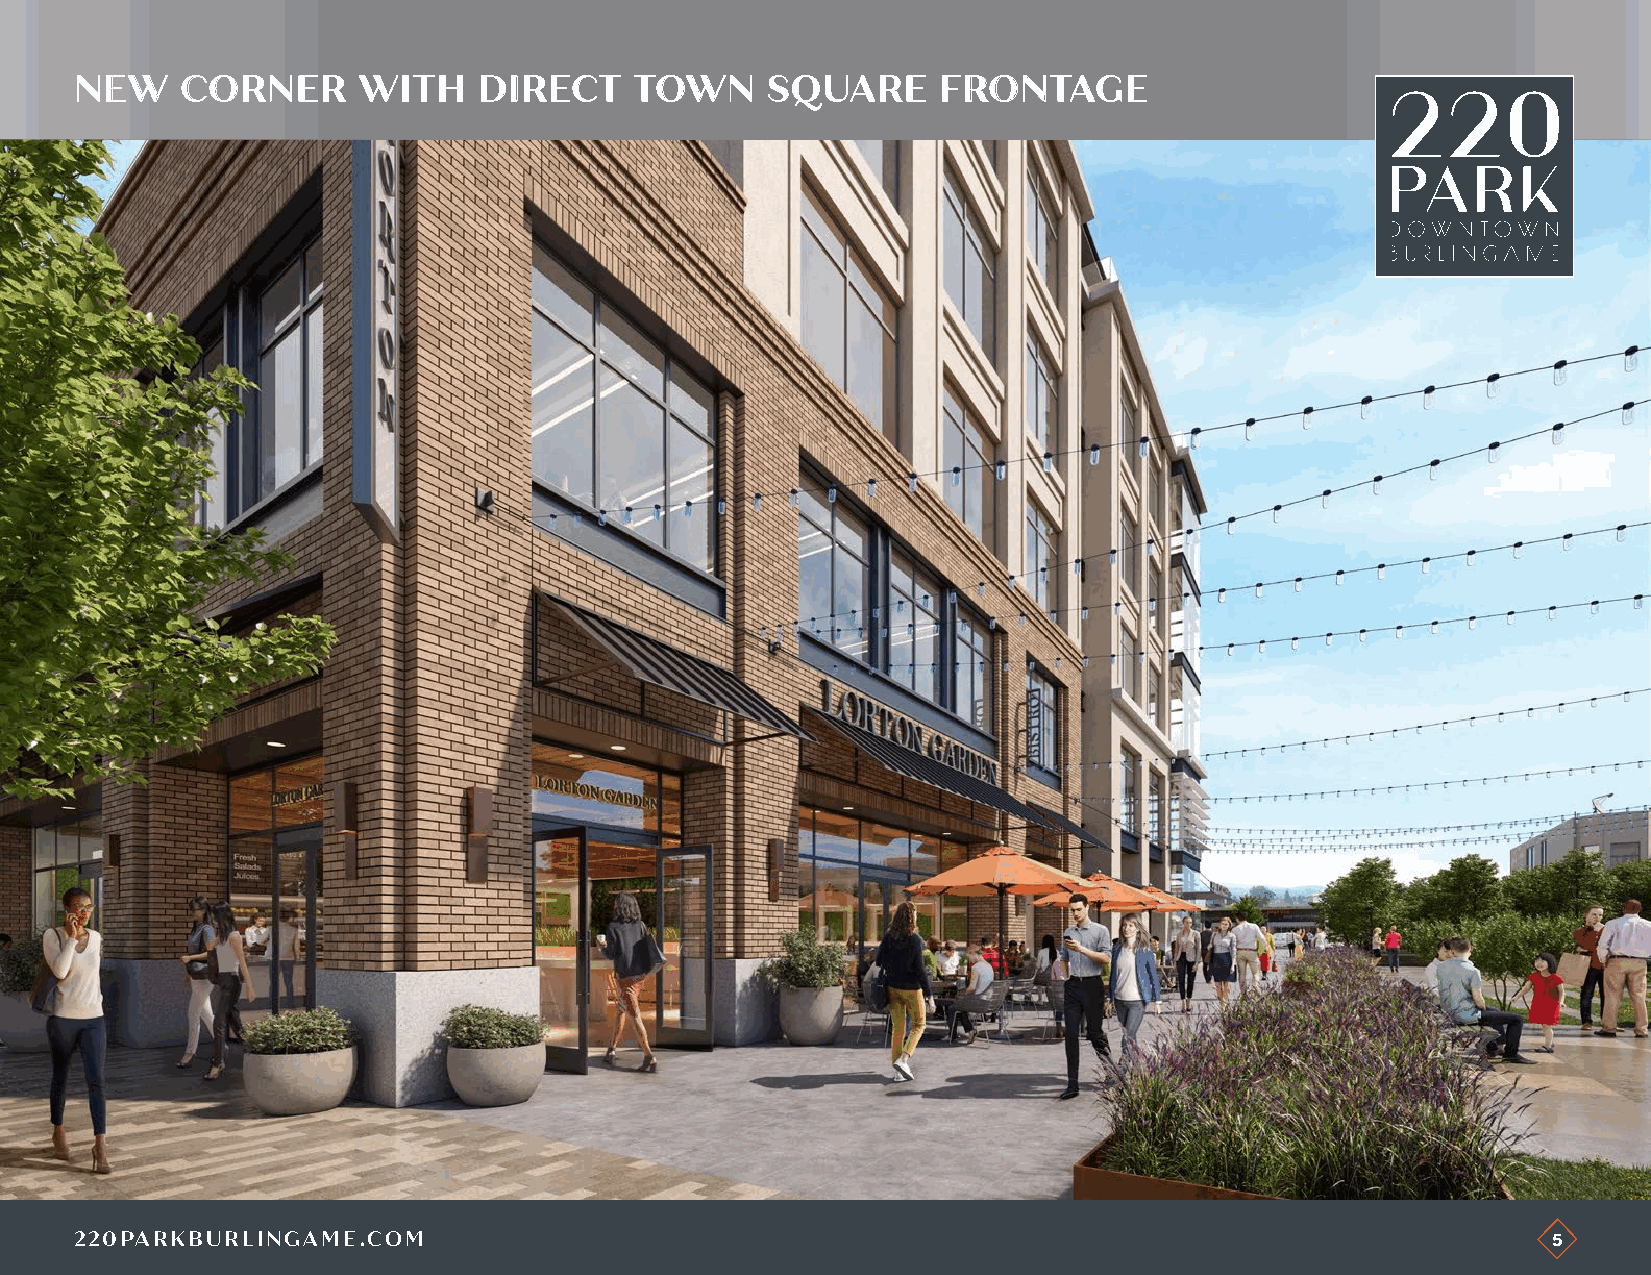
NNEEWW CCOORRNNEERR WWIITTHH DDIIRREECCTT TTOOWWNN SSQQUUAARREE FFRROONNTTAAGGEE
 220PARKBURLINGAME.COM                                                                             5